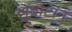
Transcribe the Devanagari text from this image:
लुबांटान